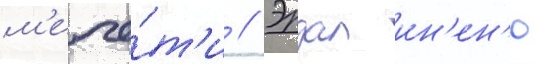
м'ече́т'и // Эрдал ин'ен'ю